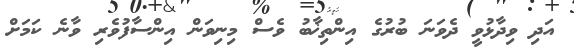
އަދި ވިދާޅުވީ ދެވަނަ ބުރުގެ އިންތިޚާބު ވެސް މިނިވަން އިންސާފުވެރި ވާނެ ކަމަށް